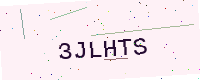
Text: 3JLHTS